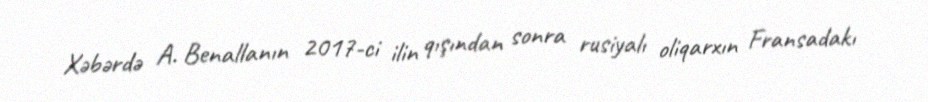
Xəbərdə A. Benallanın 2017-ci ilin qışından sonra rusiyalı oliqarxın Fransadakı